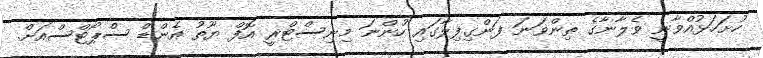
ހުށަހަޅުއްވާނީ ވެލާނާގެ ތިންވަނަ ފަންގިފިލާގައި ހުންނަ މިނިސްޓްރީ އޮފް ޔޫތު އެންޑް ސްޕޯޓްސްއަށް.